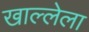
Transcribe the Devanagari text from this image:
खाल्लेला